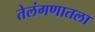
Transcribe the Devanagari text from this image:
तेलंगणातला